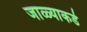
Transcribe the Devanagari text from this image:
जाळ्याकडे